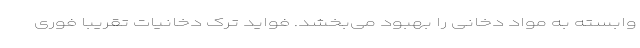
وابسته به مواد دخانی را بهبود می‌بخشد. فواید ترک دخانیات تقریباً فوری